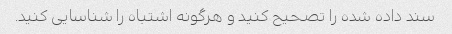
سند داده شده را تصحیح کنید و هرگونه اشتباه را شناسایی کنید.